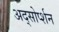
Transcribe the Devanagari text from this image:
अद्सोर्प्शन